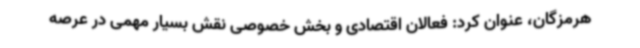
هرمزگان، عنوان کرد: فعالان اقتصادی و بخش خصوصی نقش بسیار مهمی در عرصه